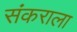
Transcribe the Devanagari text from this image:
संकराला